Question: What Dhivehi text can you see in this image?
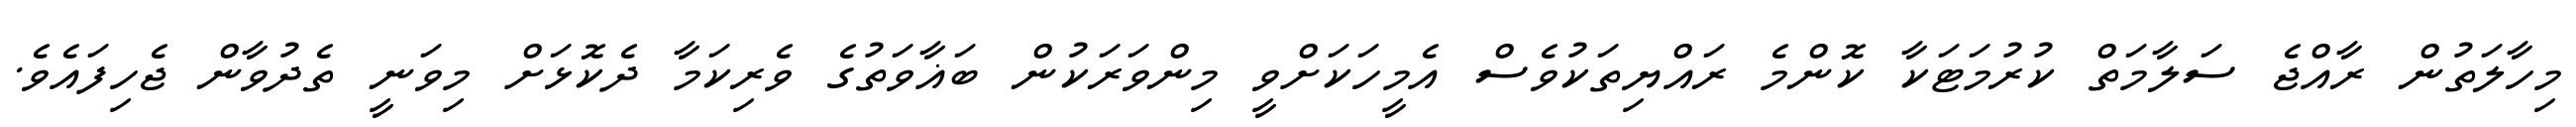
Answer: މިހާލަތުން ރާއްޖެ ސަލާމަތް ކުރުމަޓަކާ ކޮންމެ ރައްޔިތަކުވެސް އެމީހަކަށްވީ މިންވަރަކުން ބަޣާވަތުގެ ވެރިކަމާ ދެކޮޅަށް މިވަނީ ތެދުވާން ޖެހިފައެވެ.